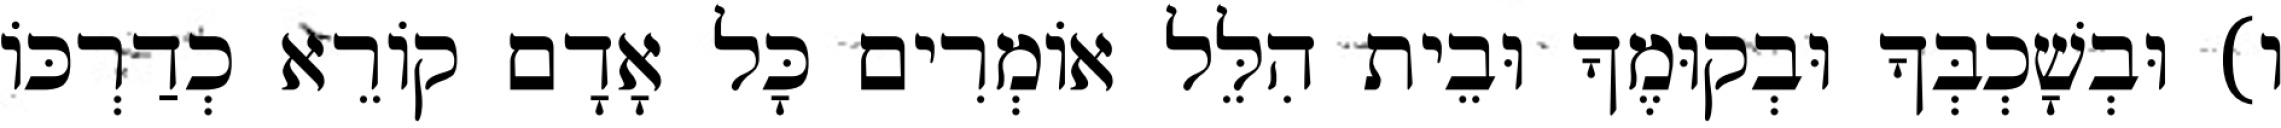
ו) וּבְשָׁכְבְּךָ וּבְקוּמֶךָ וּבֵית הִלֵּל אוֹמְרִים כָּל אָדָם קוֹרֵא כְדַרְכּוֹ